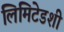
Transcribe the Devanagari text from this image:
लिमिटेडशी